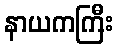
နာယကကြီး